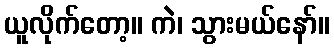
ယူလိုက်တော့။ ကဲ၊ သွားမယ်နော်။